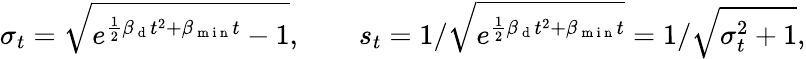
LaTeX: \sigma_{t}=\sqrt{e^{\frac{1}{2}\beta_{\mathrm{~d~}}t^{2}+\beta_{\mathrm{~m~i~n~}}t}-1},\qquad s_{t}=1/\sqrt{e^{\frac{1}{2}\beta_{\mathrm{~d~}}t^{2}+\beta_{\mathrm{~m~i~n~}}t}}=1/\sqrt{\sigma_{t}^{2}+1},